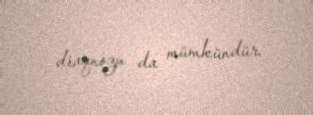
diaqnozu da mümkündür.